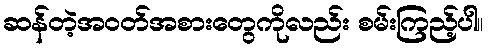
ဆန်တဲ့အဝတ်အစားတွေကိုလည်း စမ်းကြည့်ပါ။